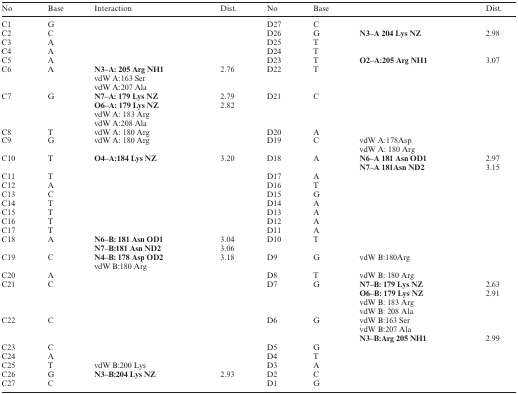
<table><thead><tr><td><b>No</b></td><td><b>Base</b></td><td><b>Interaction</b></td><td><b>Dist.</b></td><td><b>No</b></td><td><b>Base</b></td><td></td><td><b>Dist.</b></td></tr></thead><tbody><tr><td>C1</td><td>G</td><td></td><td></td><td>D27</td><td>C</td><td></td><td></td></tr><tr><td>C2</td><td>C</td><td></td><td></td><td>D26</td><td>G</td><td><b>N3–A 204 Lys NZ</b></td><td>2.98</td></tr><tr><td>C3</td><td>A</td><td></td><td></td><td>D25</td><td>T</td><td></td><td></td></tr><tr><td>C4</td><td>A</td><td></td><td></td><td>D24</td><td>T</td><td></td><td></td></tr><tr><td>C5</td><td>A</td><td></td><td></td><td>D23</td><td>T</td><td><b>O2–A:205 Arg NH1</b></td><td>3.07</td></tr><tr><td>C6</td><td>A</td><td><b>N3–A: 205 Arg NH1</b></td><td>2.76</td><td>D22</td><td>T</td><td></td><td></td></tr><tr><td></td><td></td><td>vdW A:163 Ser</td><td></td><td></td><td></td><td></td><td></td></tr><tr><td></td><td></td><td>vdW A:207 Ala</td><td></td><td></td><td></td><td></td><td></td></tr><tr><td>C7</td><td>G</td><td><b>N7–A: 179 Lys NZ</b></td><td>2.79</td><td>D21</td><td>C</td><td></td><td></td></tr><tr><td></td><td></td><td><b>O6–A: 179 Lys NZ</b></td><td>2.82</td><td></td><td></td><td></td><td></td></tr><tr><td></td><td></td><td>vdW A: 183 Arg</td><td></td><td></td><td></td><td></td><td></td></tr><tr><td></td><td></td><td>vdW A:208 Ala</td><td></td><td></td><td></td><td></td><td></td></tr><tr><td>C8</td><td>T</td><td>vdW A: 180 Arg</td><td></td><td>D20</td><td>A</td><td></td><td></td></tr><tr><td>C9</td><td>G</td><td>vdW A: 180 Arg</td><td></td><td>D19</td><td>C</td><td>vdW A:178Asp</td><td></td></tr><tr><td></td><td></td><td></td><td></td><td></td><td></td><td>vdW A: 180 Arg</td><td></td></tr><tr><td>C10</td><td>T</td><td><b>O4–A:184 Lys NZ</b></td><td>3.20</td><td>D18</td><td>A</td><td><b>N6–A 181 Asn OD1</b></td><td>2.97</td></tr><tr><td></td><td></td><td></td><td></td><td></td><td></td><td><b>N7–A 181Asn ND2</b></td><td>3.15</td></tr><tr><td>C11</td><td>T</td><td></td><td></td><td>D17</td><td>A</td><td></td><td></td></tr><tr><td>C12</td><td>A</td><td></td><td></td><td>D16</td><td>T</td><td></td><td></td></tr><tr><td>C13</td><td>C</td><td></td><td></td><td>D15</td><td>G</td><td></td><td></td></tr><tr><td>C14</td><td>T</td><td></td><td></td><td>D14</td><td>A</td><td></td><td></td></tr><tr><td>C15</td><td>T</td><td></td><td></td><td>D13</td><td>A</td><td></td><td></td></tr><tr><td>C16</td><td>T</td><td></td><td></td><td>D12</td><td>A</td><td></td><td></td></tr><tr><td>C17</td><td>T</td><td></td><td></td><td>D11</td><td>A</td><td></td><td></td></tr><tr><td>C18</td><td>A</td><td><b>N6–B: 181 Asn OD1</b></td><td>3.04</td><td>D10</td><td>T</td><td></td><td></td></tr><tr><td></td><td></td><td><b>N7–B:181 Asn ND2</b></td><td>3.06</td><td></td><td></td><td></td><td></td></tr><tr><td>C19</td><td>C</td><td><b>N4–B: 178 Asp OD2</b></td><td>3.18</td><td>D9</td><td>G</td><td>vdW B:180Arg</td><td></td></tr><tr><td></td><td></td><td>vdW B:180 Arg</td><td></td><td></td><td></td><td></td><td></td></tr><tr><td>C20</td><td>A</td><td></td><td></td><td>D8</td><td>T</td><td>vdW B: 180 Arg</td><td></td></tr><tr><td>C21</td><td>C</td><td></td><td></td><td>D7</td><td>G</td><td><b>N7–B: 179 Lys NZ</b></td><td>2.63</td></tr><tr><td></td><td></td><td></td><td></td><td></td><td></td><td><b>O6–B: 179 Lys NZ</b></td><td>2.91</td></tr><tr><td></td><td></td><td></td><td></td><td></td><td></td><td>vdW B: 183 Arg</td><td></td></tr><tr><td></td><td></td><td></td><td></td><td></td><td></td><td>vdW B: 208 Ala</td><td></td></tr><tr><td>C22</td><td>C</td><td></td><td></td><td>D6</td><td>G</td><td>vdW B:163 Ser</td><td></td></tr><tr><td></td><td></td><td></td><td></td><td></td><td></td><td>vdW B:207 Ala</td><td></td></tr><tr><td></td><td></td><td></td><td></td><td></td><td></td><td><b>N3–B:Arg 205 NH1</b></td><td>2.99</td></tr><tr><td>C23</td><td>C</td><td></td><td></td><td>D5</td><td>G</td><td></td><td></td></tr><tr><td>C24</td><td>A</td><td></td><td></td><td>D4</td><td>T</td><td></td><td></td></tr><tr><td>C25</td><td>T</td><td>vdW B:200 Lys</td><td></td><td>D3</td><td>A</td><td></td><td></td></tr><tr><td>C26</td><td>G</td><td><b>N3–B:204 Lys NZ</b></td><td>2.93</td><td>D2</td><td>C</td><td></td><td></td></tr><tr><td>C27</td><td>C</td><td></td><td></td><td>D1</td><td>G</td><td></td><td></td></tr></tbody></table>